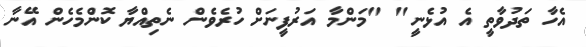
އެހާ ތަދުވާތީ އެ އުޅެނީ" "މަންމާ އަރުފީނަށް ހުރެވެން ނެތިއްޔާ ކޮންމެހެން އޭނާ